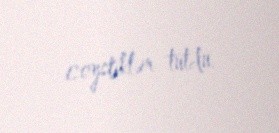
coystiklər tutdu.